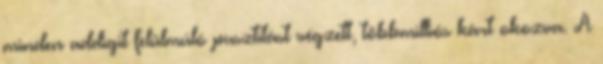
minden addigit felülmúló pusztítást végzett, többmilliós kárt okozva. A